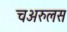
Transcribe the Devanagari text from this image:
चअरुलस